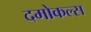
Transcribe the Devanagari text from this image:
दमोकल्स